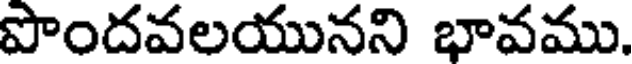
పొందవలయునని భావము.